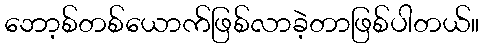
ဘော့စ်တစ်ယောက်ဖြစ်လာခဲ့တာဖြစ်ပါတယ်။